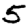
Digit: 5